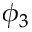
\phi _ { 3 }